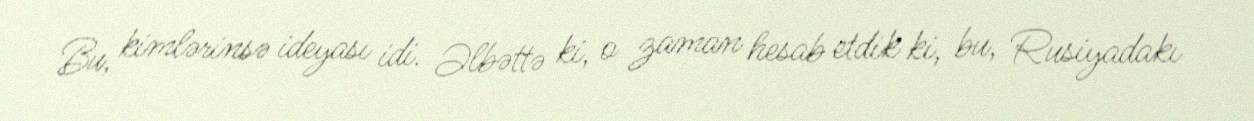
Bu, kimlərinsə ideyası idi. Əlbəttə ki, o zaman hesab etdik ki, bu, Rusiyadakı